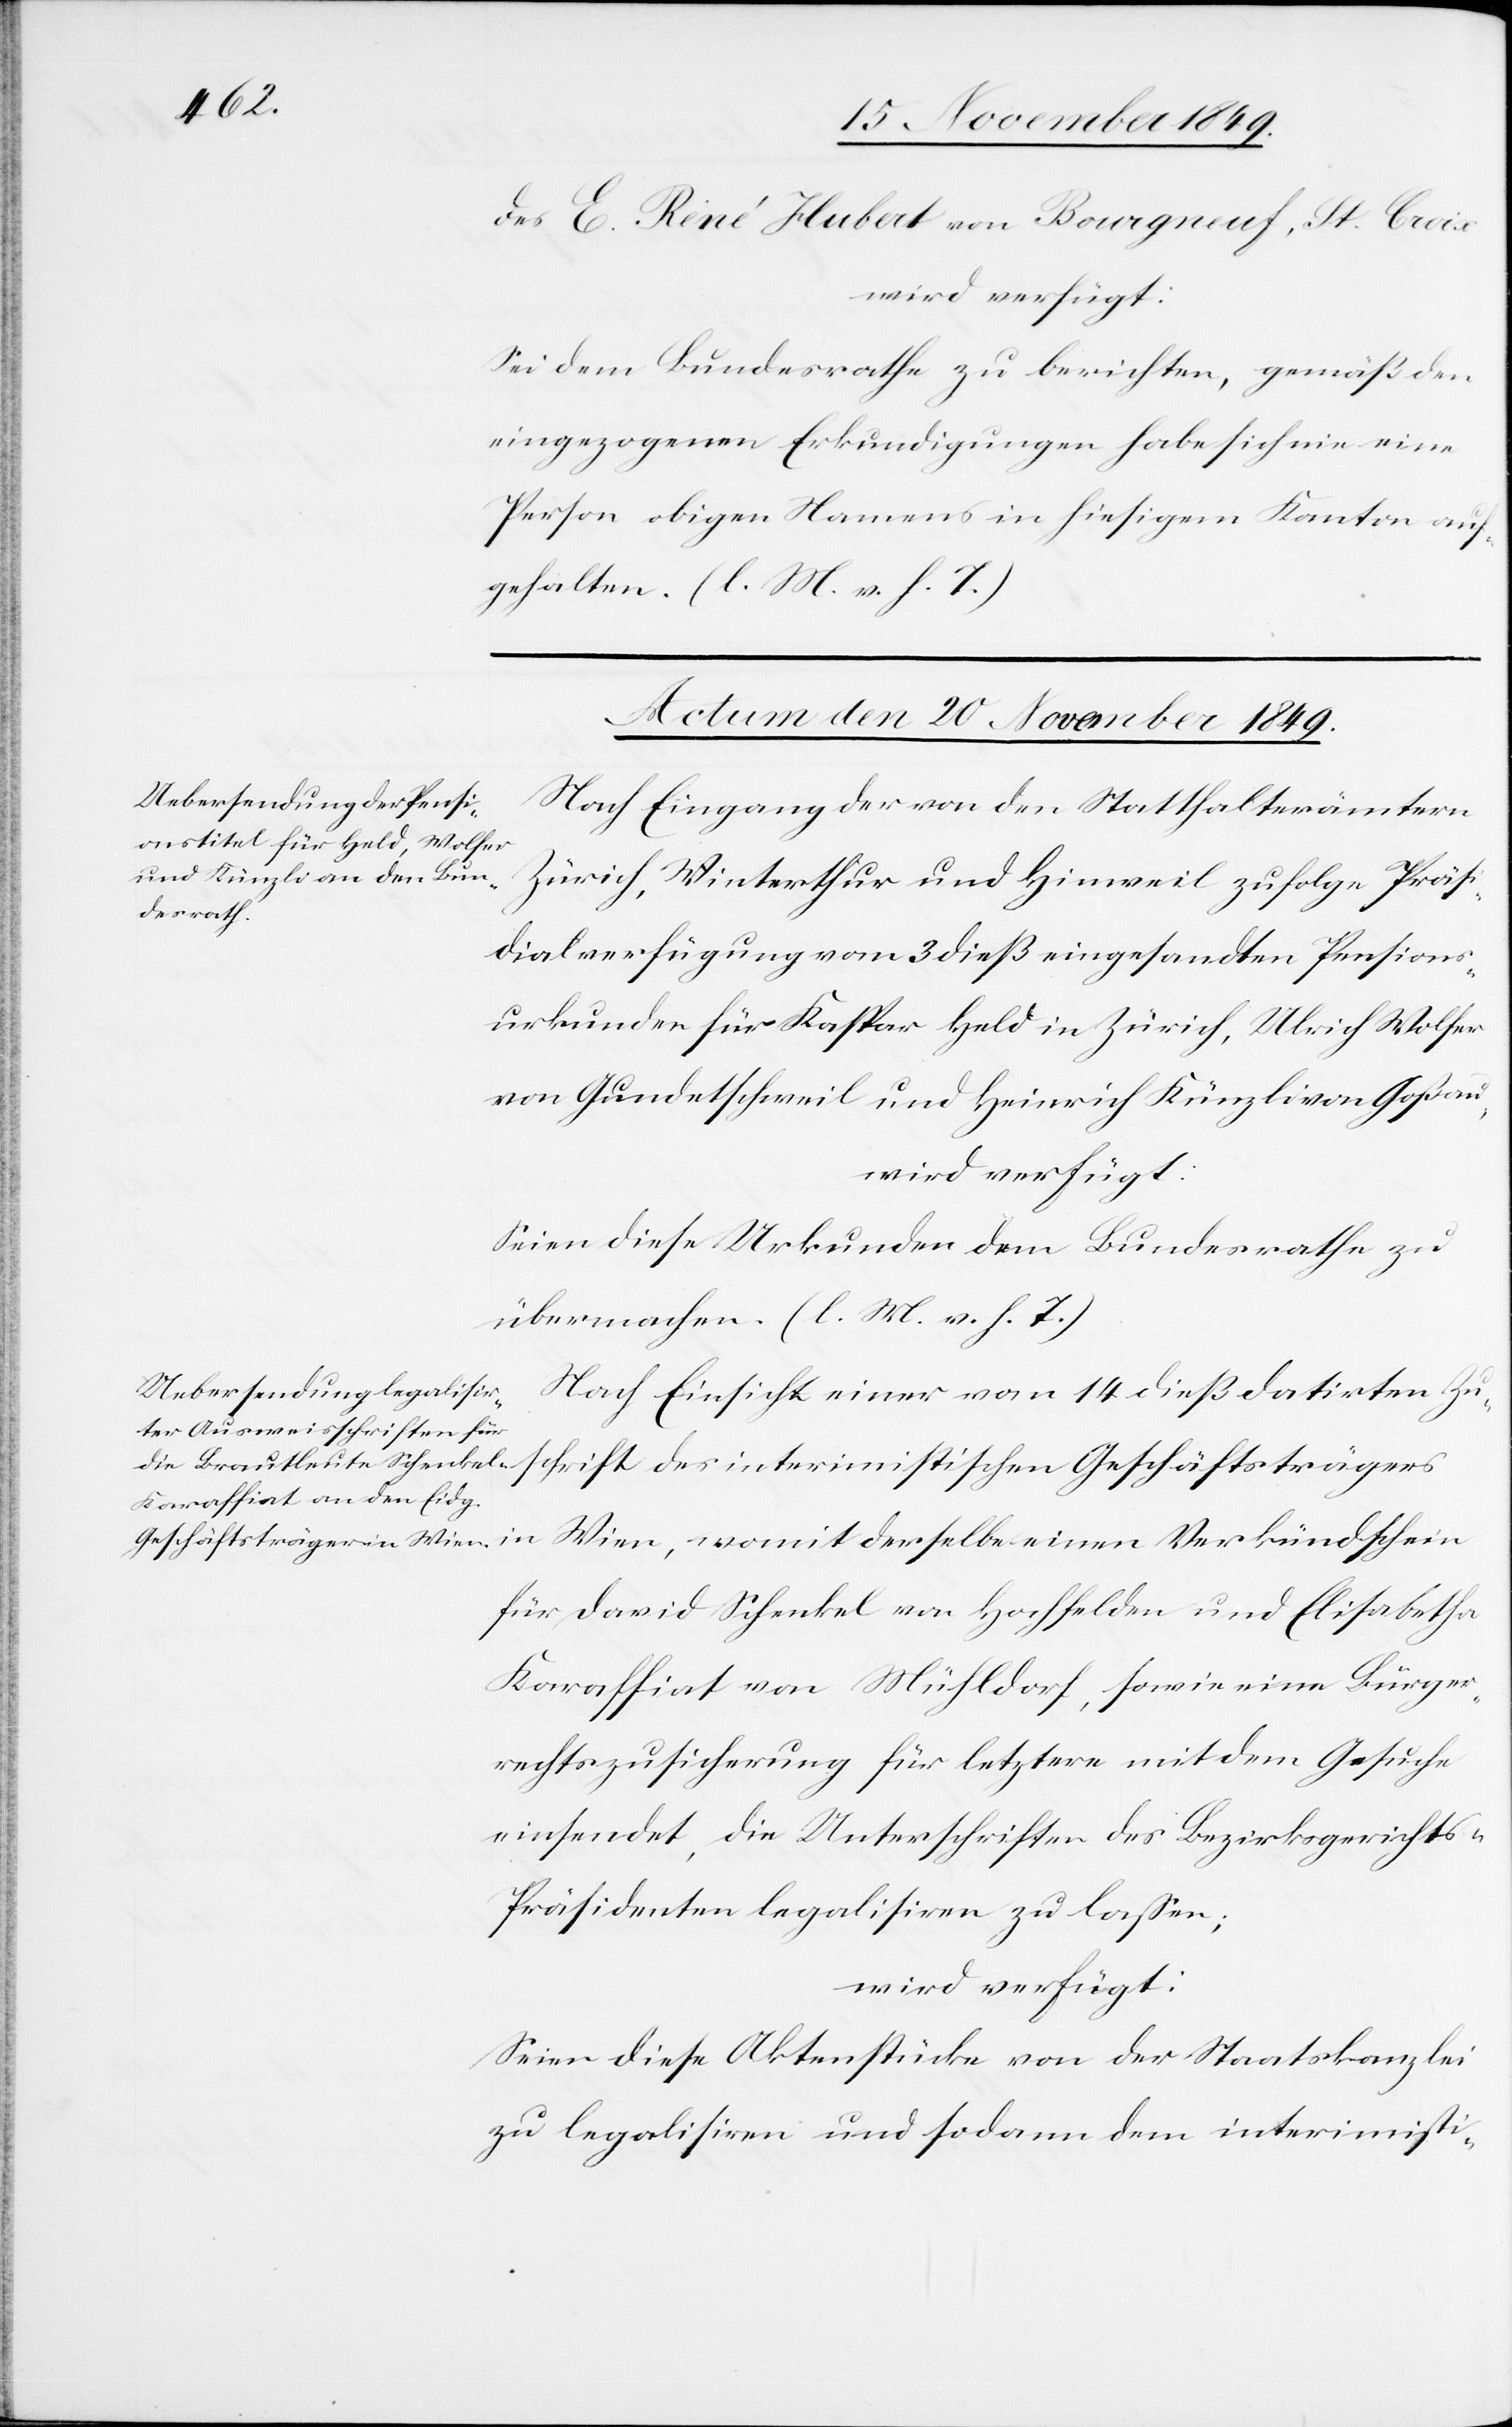
schrift
des E. René Hubert von Bourgneuf, St. Croix
wird verfügt:
Sei dem Bundesrathe zu berichten, gemäß den
eingezogenen Erkundigungen habe sich nie eine
Person obigen Namens in hiesigem Kanton auf¬
gehalten. [l. M. v. h. T]
Actum den 20 November 1849.]
Nach Eingang der von den Statthalterämtern
Zürich, Winterthur und Hinweil zufolge Präsi¬
dialverfügung vom 3 dieß eingesandten Pensions¬
urkunden für Kaspar Held in Zürich, Ulrich Wolfer
von Gundetschweil und Heinrich Künzli von Goßau,
wird verfügt:
Seien diese Urkunden dem Bundesrathe zu
übermachen. [l. M. v. h. T]
Nach Einsicht einer vom 14 dieß datirten Zu¬
Geschäftsträgers in Wien, womit derselbe einen Verkündschein
für David Schenkel von Hochfelden und Elisabetha
Karrafiat von Mühldorf, sowie eine Bürger¬
rechtszusicherung für letztere mit dem Gesuche
einsendet, die Unterschriften des Bezirksgerichts-P¬
räsidenten legalisiren zu laßen;
wird verfügt:
Seien diese Aktenstücke von der Staatskanzlei
zu legalisiren und sodann dem interimisti-